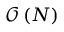
\mathcal { O } \left( N \right)